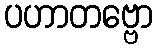
ပဟာတဗ္ဗော